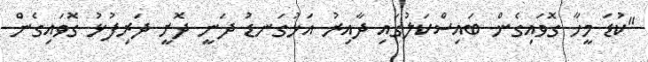
"ކުޑަ މީހާ ގޮވައިގެން ބައިސްކަލުގައި ދާއިރު އަޅުގަނޑު ދަނީ ދޮށީ ދަރިފުޅު ގޮވައިގެން